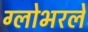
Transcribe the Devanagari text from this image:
ग्लोभरले